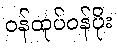
ဝန်ထုပ်ဝန်ပိုး